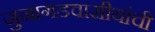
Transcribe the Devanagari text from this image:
जुनागडवासीयांची